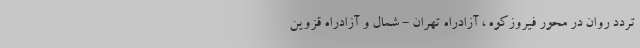
تردد روان در محور فیروزکوه ، آزادراه تهران - شمال و آزادراه قزوین